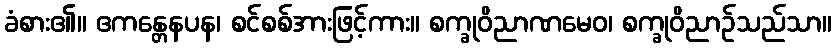
ခံစား၏။ ဧကန္တေနပန၊ စင်စစ်အားဖြင့်ကား။ စက္ခုဝိညာဏမေဝ၊ စက္ခုဝိညာဉ်သည်သာ။